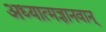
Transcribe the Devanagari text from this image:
अध्यात्मज्ञानवान्